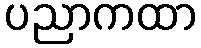
ပညာကထာ